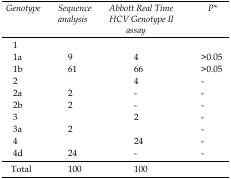
| Genotype | Sequence analysis | Abbott Real Time HCV Genotype II assay | P* |
 | --- | --- | --- | --- |
 | 1 |  |  |  |
 | 1a | 9 | 4 | >0.05 |
 | 1b | 61 | 66 | >0.05 |
 | 2 |  | 4 | - |
 | 2a | 2 | - | - |
 | 2b | 2 | - | - |
 | 3 |  | 2 | - |
 | 3a | 2 |  | - |
 | 4 |  | 24 | - |
 | 4d | 24 | - | - |
 | Total | 100 | 100 |  |